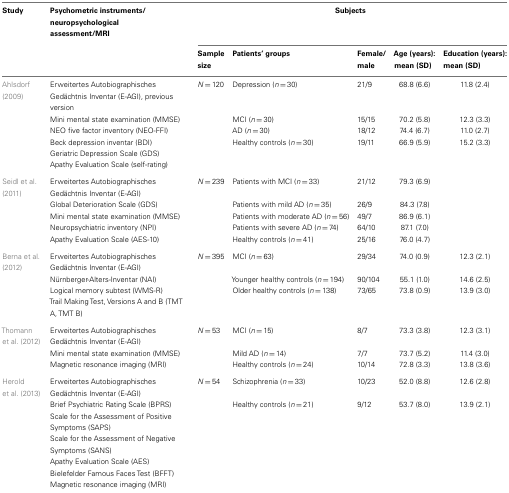
<table><thead><tr><td><b>Study</b></td><td><b>Psychometric instruments/neuropsychological assessment/MRI</b></td><td colspan="5"><b>Subjects</b></td></tr><tr><td></td><td></td><td><b>Sample size</b></td><td><b>Patients’ groups</b></td><td><b>Female/male</b></td><td><b>Age (years): mean (SD)</b></td><td><b>Education (years): mean (SD)</b></td></tr></thead><tbody><tr><td>Ahlsdorf (2009)</td><td>Erweitertes Autobiographisches Gedächtnis Inventar (E-AGI), previous version</td><td><i>N</i> = 120</td><td>Depression (<i>n</i> = 30)</td><td>21/9</td><td>68.8 (6.6)</td><td>11.8 (2.4)</td></tr><tr><td></td><td>Mini mental state examination (MMSE)</td><td></td><td>MCI (<i>n</i> = 30)</td><td>15/15</td><td>70.2 (5.8)</td><td>12.3 (3.3)</td></tr><tr><td></td><td>NEO five factor inventory (NEO-FFI)</td><td></td><td>AD (<i>n</i> = 30)</td><td>18/12</td><td>74.4 (6.7)</td><td>11.0 (2.7)</td></tr><tr><td></td><td>Beck depression inventar (BDI)</td><td></td><td>Healthy controls (<i>n</i> = 30)</td><td>19/11</td><td>66.9 (5.9)</td><td>15.2 (3.3)</td></tr><tr><td></td><td>Geriatric Depression Scale (GDS)</td><td></td></tr><tr><td></td><td>Apathy Evaluation Scale (self-rating)</td><td></td></tr><tr><td>Seidl et al. (2011)</td><td>Erweitertes Autobiographisches Gedächtnis Inventar (E-AGI)</td><td><i>N</i> = 239</td><td>Patients with MCI (<i>n</i> = 33)</td><td>21/12</td><td>79.3 (6.9)</td><td></td></tr><tr><td></td><td>Global Deterioration Scale (GDS)</td><td></td><td>Patients with mild AD (<i>n</i> = 35)</td><td>26/9</td><td>84.3 (7.8)</td><td></td></tr><tr><td></td><td>Mini mental state examination (MMSE)</td><td></td><td>Patients with moderate AD (<i>n</i> = 56)</td><td>49/7</td><td>86.9 (6.1)</td><td></td></tr><tr><td></td><td>Neuropsychiatric inventory (NPI)</td><td></td><td>Patients with severe AD (<i>n</i> = 74)</td><td>64/10</td><td>87.1 (7.0)</td><td></td></tr><tr><td></td><td>Apathy Evaluation Scale (AES-10)</td><td></td><td>Healthy controls (<i>n</i> = 41)</td><td>25/16</td><td>76.0 (4.7)</td><td></td></tr><tr><td>Berna et al. (2012)</td><td>Erweitertes Autobiographisches Gedächtnis Inventar (E-AGI)</td><td><i>N</i> = 395</td><td>MCI (<i>n</i> = 63)</td><td>29/34</td><td>74.0 (0.9)</td><td>12.3 (2.1)</td></tr><tr><td></td><td>Nürnberger-Alters-Inventar (NAI)</td><td></td><td>Younger healthy controls (<i>n</i> = 194)</td><td>90/104</td><td>55.1 (1.0)</td><td>14.6 (2.5)</td></tr><tr><td></td><td>Logical memory subtest (WMS-R)</td><td></td><td>Older healthy controls (<i>n</i> = 138)</td><td>73/65</td><td>73.8 (0.9)</td><td>13.9 (3.0)</td></tr><tr><td></td><td>Trail Making Test, Versions A and B (TMT A, TMT B)</td><td></td></tr><tr><td>Thomann et al. (2012)</td><td>Erweitertes Autobiographisches Gedächtnis Inventar (E-AGI)</td><td><i>N</i> = 53</td><td>MCI (<i>n</i> = 15)</td><td>8/7</td><td>73.3 (3.8)</td><td>12.3 (3.1)</td></tr><tr><td></td><td>Mini mental state examination (MMSE)</td><td></td><td>Mild AD (<i>n</i> = 14)</td><td>7/7</td><td>73.7 (5.2)</td><td>11.4 (3.0)</td></tr><tr><td></td><td>Magnetic resonance imaging (MRI)</td><td></td><td>Healthy controls (<i>n</i> = 24)</td><td>10/14</td><td>72.8 (3.3)</td><td>13.8 (3.6)</td></tr><tr><td>Herold et al. (2013)</td><td>Erweitertes Autobiographisches Gedächtnis Inventar (E-AGI)</td><td><i>N</i> = 54</td><td>Schizophrenia (<i>n</i> = 33)</td><td>10/23</td><td>52.0 (8.8)</td><td>12.6 (2.8)</td></tr><tr><td></td><td>Brief Psychiatric Rating Scale (BPRS)</td><td></td><td>Healthy controls (<i>n</i> = 21)</td><td>9/12</td><td>53.7 (8.0)</td><td>13.9 (2.1)</td></tr><tr><td></td><td>Scale for the Assessment of Positive Symptoms (SAPS)</td><td></td></tr><tr><td></td><td>Scale for the Assessment of Negative Symptoms (SANS)</td><td></td></tr><tr><td></td><td>Apathy Evaluation Scale (AES)</td><td></td></tr><tr><td></td><td>Bielefelder Famous Faces Test (BFFT)</td><td></td></tr><tr><td></td><td>Magnetic resonance imaging (MRI)</td><td></td></tr></tbody></table>